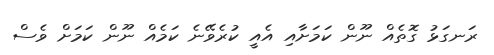
ރަނގަޅު ގޮތެއް ނޫން ކަމަށާއި އެއީ ކުރެވޭނެ ކަމެއް ނޫން ކަމަށް ވެސް